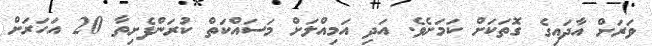
ވަރަށް އާދައިގެ ގޮތަކަށް ކަމަށެވެ. އަދި އަމިއްލަަށް މަސައްކަތް ކުރަންފެށިތާ 20 އަހަރަށް